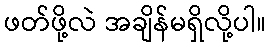
ဖတ်ဖို့လဲ အချိန်မရှိလို့ပါ။